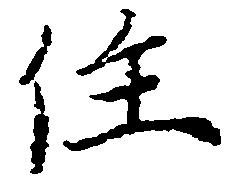
住